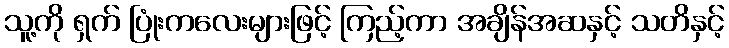
သူ့ကို ရှက် ပြုံးကလေးများဖြင့် ကြည့်ကာ အချိန်အဆနှင့် သတိနှင့်